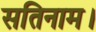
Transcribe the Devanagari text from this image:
सतिनाम।